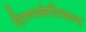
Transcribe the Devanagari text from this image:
हिरण्यकेशिकल्प